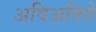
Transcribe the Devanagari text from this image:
अविअतािों